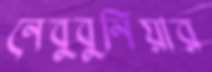
নেবুবুনিয়ার